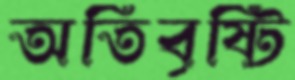
অতিবৃষ্টি